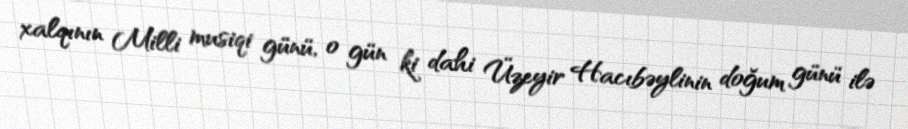
xalqının Milli musiqi günü, o gün ki dahi Üzeyir Hacıbəylinin doğum günü ilə